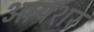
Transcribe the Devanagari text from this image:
आयशर